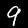
Label: 9